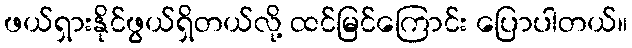
ဖယ်ရှားနိုင်ဖွယ်ရှိတယ်လို့ ထင်မြင်ကြောင်း ပြောပါတယ်။